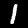
Digit: 1